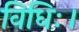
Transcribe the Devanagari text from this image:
विधिः।